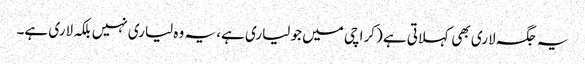
یہ جگہ لاری بھی کہلاتی ہے (کراچی میں جو لیاری ہے، یہ وہ لیاری نہیں بلکہ لاری ہے۔